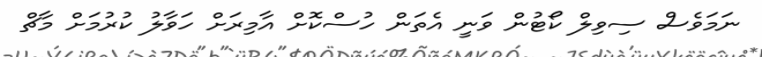
ނަމަވެސް ސިވިލް ކޯޓުން ވަނީ އެތަން ހުސްކޮށް އާމިރަށް ހަވާލު ކުރުމަށް މާޗް